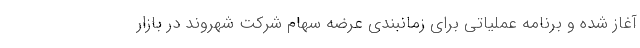
آغاز شده و برنامه عملیاتی برای زمانبندی عرضه سهام شرکت شهروند در بازار